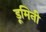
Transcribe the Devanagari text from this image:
डूमिनी